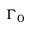
\Gamma _ { 0 }